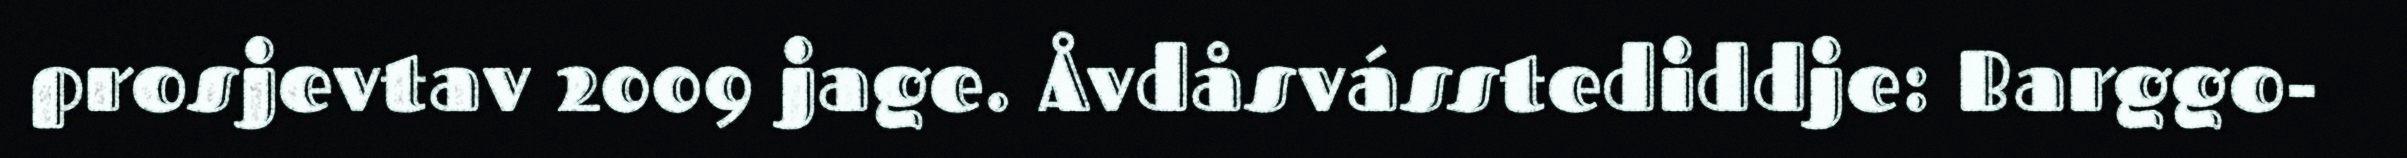
prosjevtav 2009 jage. Åvdåsvásstediddje: Barggo-